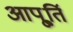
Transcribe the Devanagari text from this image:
आपू्र्ति